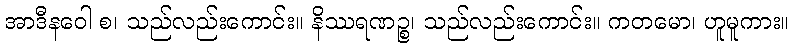
အာဒီနဝေါ စ၊ သည်လည်းကောင်း။ နိဿရဏဉ္စ၊ သည်လည်းကောင်း။ ကတမော၊ ဟူမူကား။